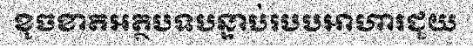
ខូចខាតអត្ថបទបន្ទាប់របបអាហារជួយ